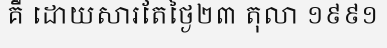
គឺ ដោយសារតែថ្ងៃ២៣ តុលា ១៩៩១